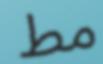
مط